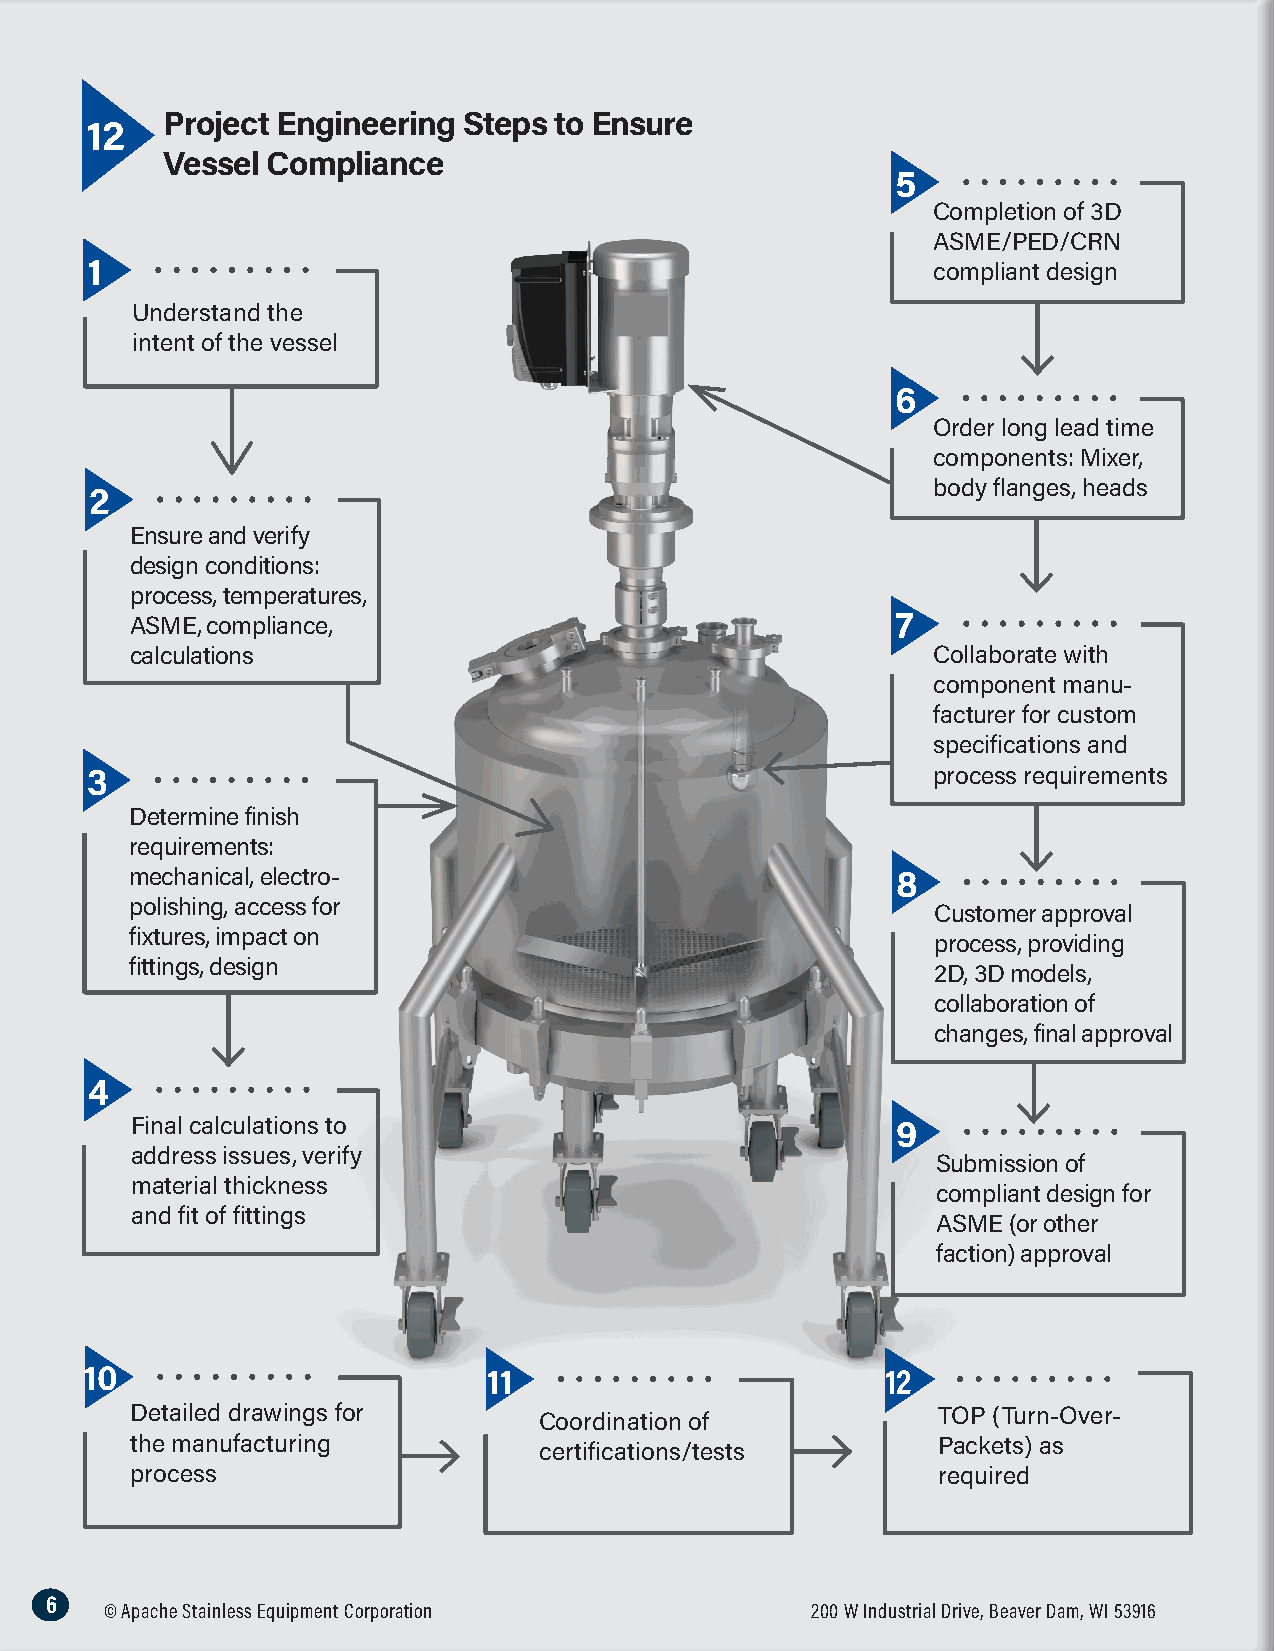
Project Engineering Steps to Ensure
 12
 Vessel Compliance
 5
 Completion of 3D
 ASME/PED/CRN
 1                                                       compliant design
 Understand the
 intent of the vessel
 6
 Order long lead time
 components: Mixer,
 body flanges, heads
 2
 Ensure and verify
 design conditions:
 process, temperatures,
 ASME, compliance,                                 7
 calculations                                         Collaborate with
 component manu-
 facturer for custom
 specifications and
 3                                                       process requirements
 Determine finish
 requirements:
 mechanical, electro-                              8
 polishing, access for
 Customer approval
 fixtures, impact on
 process, providing
 fittings, design
 2D, 3D models,
 collaboration of
 changes, final approval
 4
 Final calculations to                             9
 address issues, verify
 Submission of
 material thickness
 compliant design for
 and fit of fittings
 ASME (or other
 faction) approval
 10                        11                         12
 Detailed drawings for      Coordination of           TOP (Turn-Over-
 the manufacturing          certifications/tests      Packets) as
 process                                              required
 6
 © Apache Stainless Equipment Corporation       200 W Industrial Drive, Beaver Dam, WI 53916